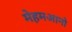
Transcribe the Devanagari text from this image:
मेहमआनो